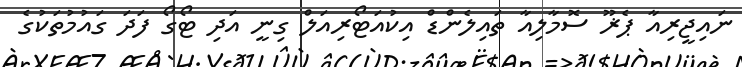
ނައިޖީރިއާ ޕެޜޫ ސޮމާލިއާ ތައިލެންޑް އިކުއަޓޯރިއަލް ގިނީ އަދި ޓޯގޯ ފަދަ ގައުމުތަކުގެ